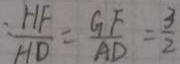
\frac { H F } { H D } = \frac { G F } { A D } = \frac { 3 } { 2 }